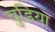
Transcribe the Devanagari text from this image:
चुडिया